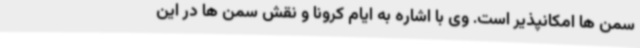
سمن ها امکانپذیر است. وی با اشاره به ایام کرونا و نقش سمن ها در این